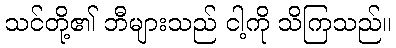
သင်တို့၏ ဘီများသည် ငါ့ကို သိကြသည်။